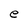
Character: e